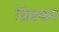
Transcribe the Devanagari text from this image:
ध्रिश्यम